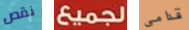
نقص لجميع قدامى